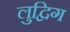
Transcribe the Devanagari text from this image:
लुद्विग